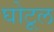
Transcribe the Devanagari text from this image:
घोटूल